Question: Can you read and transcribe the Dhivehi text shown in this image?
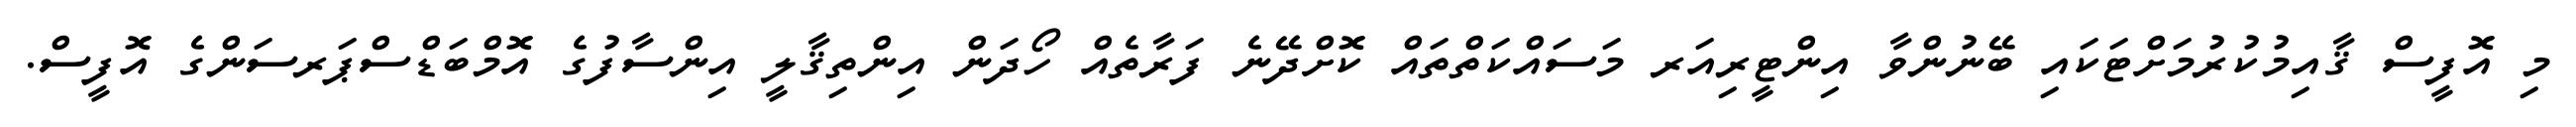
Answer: މި އޮފީސް ޤާއިމުކުރުމަށްޓަކައި ބޭނުންވާ އިންޓީރިއަރ މަސައްކަތްތައް ކޮށްދޭނެ ފަރާތެއް ހޯދަން އިންތިޤާލީ އިންސާފުގެ އޮމްބަޑްސްޕަރސަންގެ އޮފީސް.